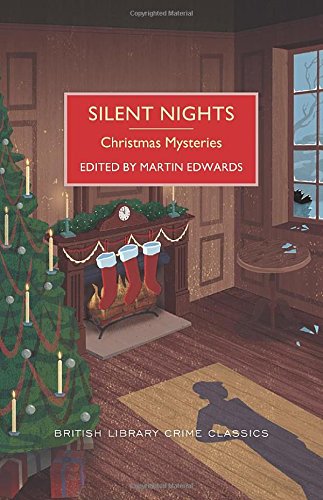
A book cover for Silent Nights: A British Library Crime Classic (British Library Crime Classics); Martin Edwards; Mystery, Thriller & Suspense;